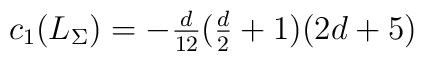
c_1(L_\Sigma)=\mbox{$-\frac d{12}(\frac d2+1)(2d+5)$}